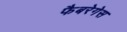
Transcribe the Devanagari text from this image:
फैबरेगेस